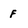
Character: f